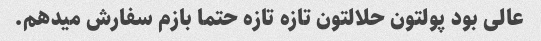
عالی بود پولتون حلالتون تازه تازه حتما بازم سفارش میدهم.